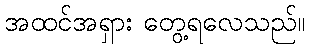
အထင်အရှား တွေ့ရလေသည်။